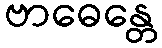
ဗာဓေန္တေ